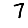
Digit: 7